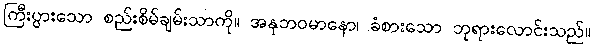
ကြီးပွားသော စည်းစိမ်ချမ်းသာကို။ အနုဘဝမာနော၊ ခံစားသော ဘုရားလောင်းသည်။